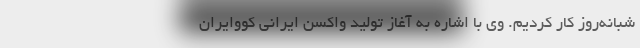
شبانه‌روز کار کردیم. وی با اشاره به آغاز تولید واکسن ایرانی کووایران